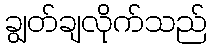
ချွတ်ချလိုက်သည်